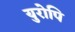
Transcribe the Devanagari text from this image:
युरोपि